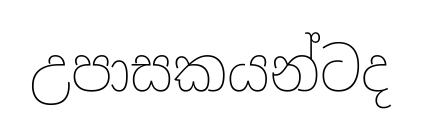
උපාසකයන්ටද